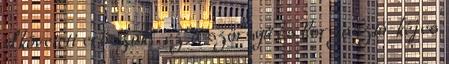
elkövetett erőszak, ez a szörnyű és borzasztó-kéjes